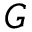
G